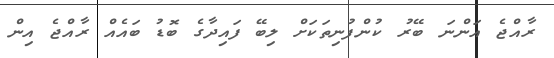
ރާއްޖެ އަންނަ ބޭރު ކުންފުނިތަކަށް ލިބޭ ފައިދާގެ ބޮޑު ބައެއް ރާއްޖެ އިން